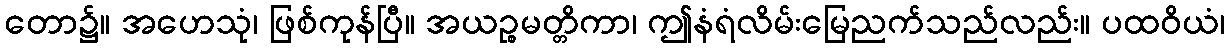
တော၌။ အဟေသုံ၊ ဖြစ်ကုန်ပြီ။ အယဉ္စမတ္တိကာ၊ ဤနံရံလိမ်းမြေညက်သည်လည်း။ ပထဝိယံ၊